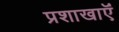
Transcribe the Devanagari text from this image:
प्रशाखाऍं